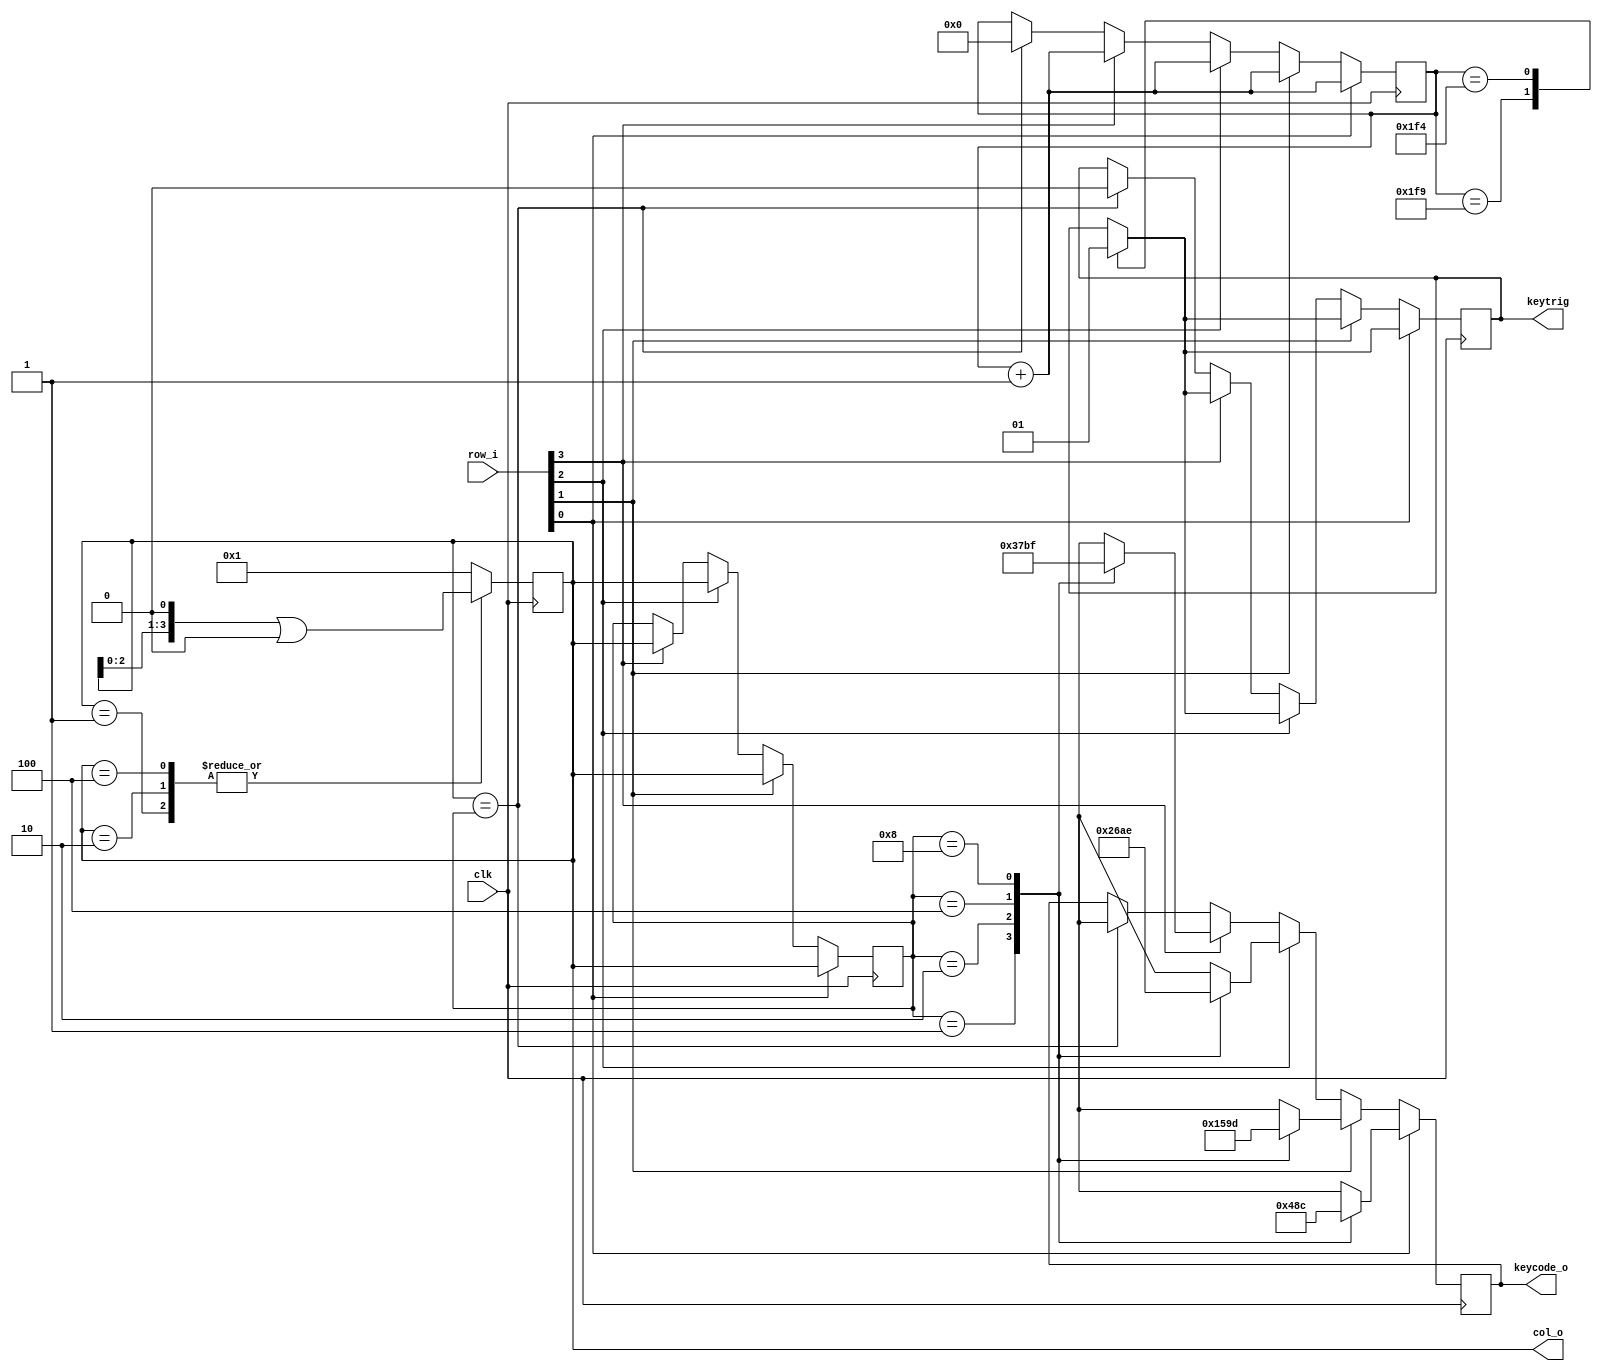
`timescale 1ns / 1ps
//////////////////////////////////////////////////////////////////////////////////
// Company: 
// Engineer: 
// 
// Design Name: 
// Module Name:    keyboard 
// Project Name: 
// Target Devices: 
// Tool versions: 
// Description: 
//
// Dependencies: 
//
// Revision: 
// Revision 0.01 - File Created
// Additional Comments: 
//
//////////////////////////////////////////////////////////////////////////////////
module keyboard(
col_o,
keycode_o ,
keytrig
,////above are outputs///////below are inputs/////////////////////////////////////
clk,
row_i
);

parameter UNI = 1'b0 ;
parameter THRESHOLD = 500 ; //about ms
parameter TRIG_PULSE_LENGTH = 5 ;
parameter COUNT_SIZE = 20 ;//about 0.6s


output	reg	[3:0]	col_o = {UNI,UNI,UNI,~UNI};
output	reg	[3:0]	keycode_o ;
output	reg		keytrig = UNI ;

input	wire		clk ;
input	wire	[3:0]	row_i ;

	reg	[COUNT_SIZE-1:0]	counter_1 = 0 ;
	reg	[3:0]	curcol_row ; 

function 	[3:0] 	to_KEYCODE;
input		[7:0]	colrow ;
begin
	case(colrow[7:4])
	{UNI,UNI,UNI,~UNI} : begin
		case(colrow[3:0])
		{UNI,UNI,UNI,~UNI}:to_KEYCODE = 4'b0000 ;
		{UNI,UNI,~UNI,UNI}:to_KEYCODE = 4'b0001 ;
		{UNI,~UNI,UNI,UNI}:to_KEYCODE = 4'b0010 ;
		{~UNI,UNI,UNI,UNI}:to_KEYCODE = 4'b0011 ;
		default:to_KEYCODE = 4'bxxxx ;
		endcase
	end
	{UNI,UNI,~UNI,UNI} : begin
		case(colrow[3:0])
		{UNI,UNI,UNI,~UNI}:to_KEYCODE = 4'b0100 ;
		{UNI,UNI,~UNI,UNI}:to_KEYCODE = 4'b0101 ;
		{UNI,~UNI,UNI,UNI}:to_KEYCODE = 4'b0110 ;
		{~UNI,UNI,UNI,UNI}:to_KEYCODE = 4'b0111 ;
		default:to_KEYCODE = 4'bxxxx ;
		endcase
	end
	{UNI,~UNI,UNI,UNI} : begin
		case(colrow[3:0])
		{UNI,UNI,UNI,~UNI}:to_KEYCODE = 4'b1000 ;
		{UNI,UNI,~UNI,UNI}:to_KEYCODE = 4'b1001 ;
		{UNI,~UNI,UNI,UNI}:to_KEYCODE = 4'b1010 ;
		{~UNI,UNI,UNI,UNI}:to_KEYCODE = 4'b1011 ;
		default:to_KEYCODE = 4'bxxxx ;
		endcase
	end
	{~UNI,UNI,UNI,UNI} : begin
		case(colrow[3:0])
		{UNI,UNI,UNI,~UNI}:to_KEYCODE = 4'b1100 ;
		{UNI,UNI,~UNI,UNI}:to_KEYCODE = 4'b1101 ;
		{UNI,~UNI,UNI,UNI}:to_KEYCODE = 4'b1110 ;
		{~UNI,UNI,UNI,UNI}:to_KEYCODE = 4'b1111 ;
		default:to_KEYCODE = 4'bxxxx ;
		endcase
	end
	default:to_KEYCODE = 4'bxxxx ;
	endcase
end
endfunction

always @(posedge clk) begin
	case(col_o)
	{UNI,UNI,UNI,~UNI} : col_o <= (col_o<<1) | {3'b000,UNI};	
	{UNI,UNI,~UNI,UNI} : col_o <= (col_o<<1) | {3'b000,UNI};	
	{UNI,~UNI,UNI,UNI} : col_o <= (col_o<<1) | {3'b000,UNI};	
	default: col_o <= {UNI,UNI,UNI,~UNI}  ;
	endcase

	if(row_i[0] == ~UNI) begin
		curcol_row <= col_o ;
		counter_1 <= counter_1 + 1 ;
		keycode_o <= to_KEYCODE({curcol_row[3:0],{UNI,UNI,UNI,~UNI}}) ;
		case(counter_1)	 
		(THRESHOLD + TRIG_PULSE_LENGTH): begin
			keytrig <= UNI ;
		end 
		THRESHOLD: begin
			keytrig <= ~UNI ;	
		end
		default: begin
			keytrig <= keytrig ;
		end
		endcase
	end else 
		if(row_i[1] == ~UNI) begin
			curcol_row <= col_o ;
			counter_1 <= counter_1 + 1 ;
			keycode_o <= to_KEYCODE({curcol_row[3:0],{UNI,UNI,~UNI,UNI}}) ;
			case(counter_1)	 
			(THRESHOLD + TRIG_PULSE_LENGTH): begin
				keytrig <= UNI ;
			end 
			THRESHOLD: begin
				keytrig <= ~UNI ;	
			end
			default: begin
				keytrig <= keytrig ;
			end
			endcase
		end else
			if(row_i[2] == ~UNI) begin
				curcol_row <= col_o ;
				counter_1 <= counter_1 + 1 ;
				keycode_o <= to_KEYCODE({curcol_row[3:0],{UNI,~UNI,UNI,UNI}}) ;
				case(counter_1)	 
				(THRESHOLD + TRIG_PULSE_LENGTH): begin
					keytrig <= UNI ;
				end 
				THRESHOLD: begin
					keytrig <= ~UNI ;	
				end
				default: begin
					keytrig <= keytrig ;
				end
				endcase
			end else 
				if(row_i[3] == ~UNI) begin
					curcol_row <= col_o ;
					counter_1 <= counter_1 + 1 ;
					keycode_o <= to_KEYCODE({curcol_row[3:0],{~UNI,UNI,UNI,UNI}}) ;
					case(counter_1)	 
					(THRESHOLD + TRIG_PULSE_LENGTH): begin
						keytrig <= UNI ;
					end 
					THRESHOLD: begin
						keytrig <= ~UNI ;	
					end
					default: begin
						keytrig <= keytrig ;
					end
					endcase
				end else begin
					if(col_o == curcol_row)begin
						counter_1 <= 0 ;
						keytrig <= UNI ;
						keycode_o <= 4'bxxxx ;
					end
				end
end
/*
always @(negedge clk) begin
	if(col_o == 4'b1011) 
		row_i[3:0] <= 4'b1110 ;
	else
		row_i[3:0] <= 4'bzzzz ;
end
*/
endmodule